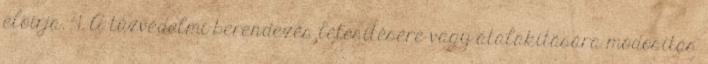
elõírja. 4. A tûzvédelmi berendezés létesítésére vagy átalakítására módosítás